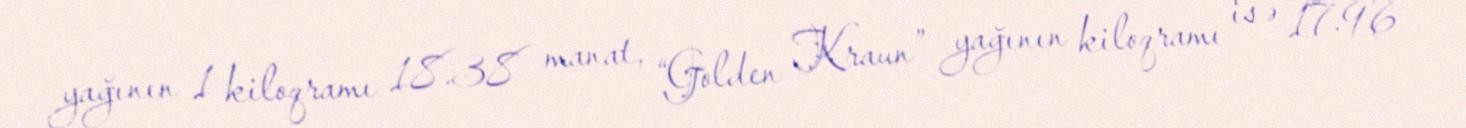
yağının 1 kiloqramı 18.38 manat, “Golden Kraun” yağının kiloqramı isə 17.96